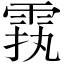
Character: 𲉵